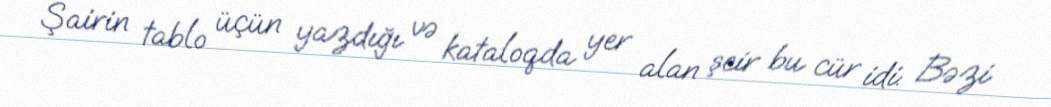
Şairin tablo üçün yazdığı və kataloqda yer alan şeir bu cür idi: Bəzi